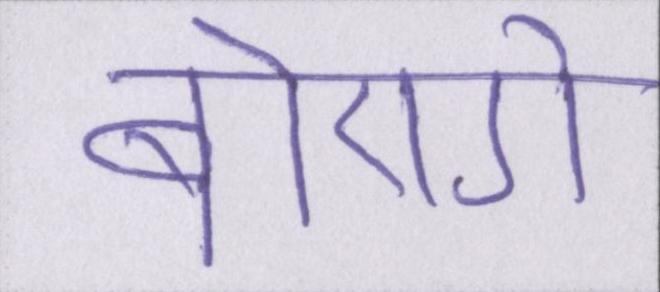
बोएगे